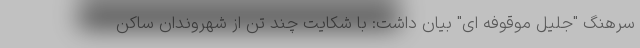
سرهنگ "جلیل موقوفه ای" بیان داشت: با شکایت چند تن از شهروندان ساکن